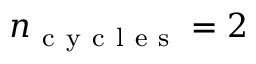
n _ { \mathrm { ~ c ~ y ~ c ~ l ~ e ~ s ~ } } = 2